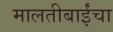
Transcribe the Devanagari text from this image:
मालतीबाईंचा